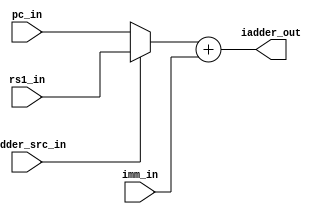
module msrv32_immediate_adder(
    pc_in, rs1_in, iadder_src_in, imm_in,
    iadder_out);

    parameter WIDTH = 32;

    input [WIDTH-1:0]pc_in, rs1_in, imm_in;
    input iadder_src_in;
    
    output[WIDTH-1:0]iadder_out;
    wire [WIDTH-1:0] iadder_reg;
    
    assign iadder_reg = iadder_src_in ? rs1_in : pc_in;

    assign iadder_out = iadder_reg + imm_in;

endmodule